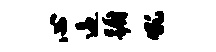
心逼蹰吼